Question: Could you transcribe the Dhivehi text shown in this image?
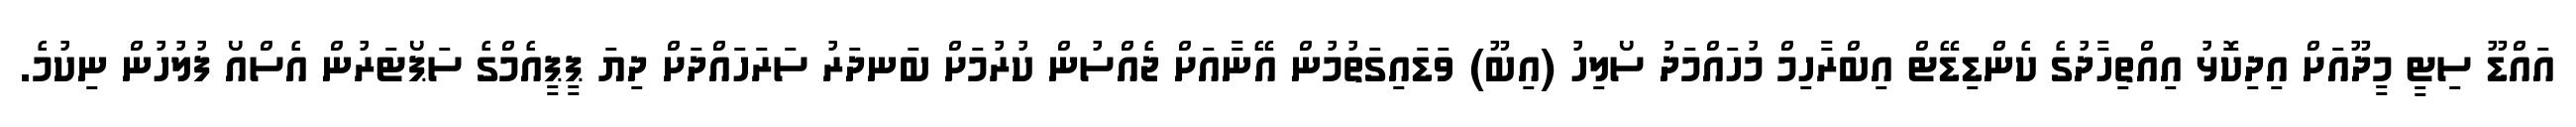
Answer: އައްޑޫ ސިޓީ މީދޫއަށް އިދިކޮޅު އިއްތިހާދުގެ ކެންޑިޑޭޓް އިބްރާހިމް މުހައްމަދު ސޯލިހު (އިބޫ) ވަޑައިގަތުމުން އޭނާއަށް ޖެއްސުން ކުރުމަށް ބަނދަރު ސަރަހައްދަށް ދިޔަ ޕީޕީއެމްގެ ސަޕޯޓަރުން އެސްއޯ ފުލުހުން ނިކުމެ.